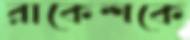
রাকেশকে